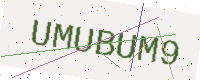
Text: UMUBUM9